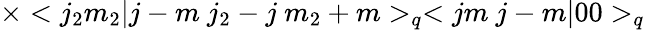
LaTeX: \times<j_{2}m_{2}|j-m\ j_{2}-j\ m_{2}+m>_{q}<jm\ j-m|00>_{q}